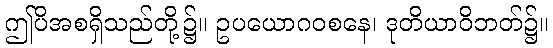
ဤပိအစရှိသည်တို့၌။ ဥပယောဂဝစနေ၊ ဒုတိယာဝိဘတ်၌။